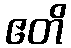
ဧတိ